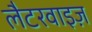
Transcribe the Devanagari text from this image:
लैटरवाइज़